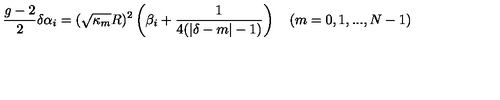
{ \frac { g - 2 } { 2 } } \delta \alpha _ { i } = ( \sqrt { \kappa _ { m } } R ) ^ { 2 } \left( \beta _ { i } + { \frac { 1 } { 4 ( | \delta - m | - 1 ) } } \right) \quad ( m = 0 , 1 , . . . , N - 1 ) \,